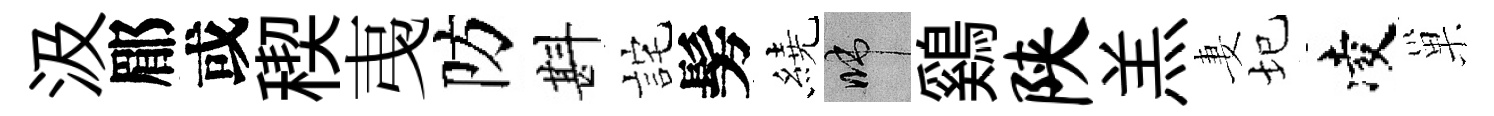
汲郿或稧𢎯防斟詫髣繞啼鷄陕羔妻圮凌巢